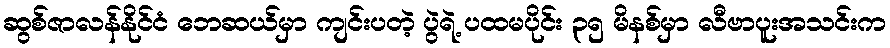
ဆွစ်ဇာလန်နိုင်ငံ ဘေဆယ်မှာ ကျင်းပတဲ့ ပွဲရဲ့ ပထမပိုင်း ၃၅ မိနစ်မှာ လီဗာပူးအသင်းက